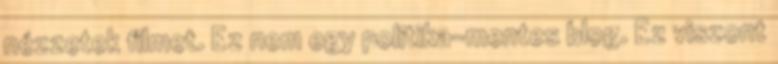
nézzetek filmet. Ez nem egy politika-mentes blog. Ez viszont